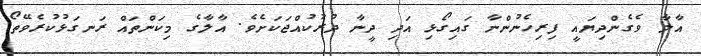
އާލާ ވެގެންދިޔައީ ފިރިހެނުންނާ ގައިގޯޅި އަދި ދީނާ ދުރުކުއްޖަކަށެވެ. އާލާގެ މިކަންތައް ރަނގަޅުކުރެވޭތޯ